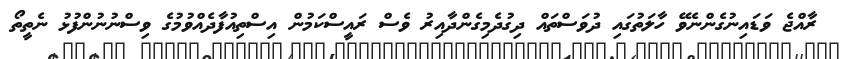
ރާއްޖެ ވަޑައިނުގެންނެވޭ ހާލަތުގައި ދުވަސްތައް ދިގުދެމިގެންދާއިރު ވެސް ރައީސްކަމުން އިސްތިއުފާދެއްވުމުގެ ވިސްނުނުންފުޅު ނެތީތޯ